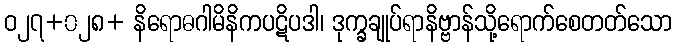
ဝ၂၇+၀၂၈+ နိရောဓဂါမိနိကပဋိပဒါ၊ ဒုက္ခချုပ်ရာနိဗ္ဗာန်သို့ရောက်စေတတ်သော